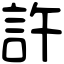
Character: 許